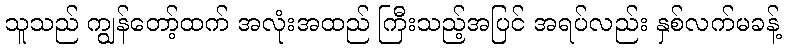
သူသည် ကျွန်တော့်ထက် အလုံးအထည် ကြီးသည့်အပြင် အရပ်လည်း နှစ်လက်မခန့်